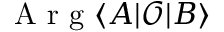
\mathrm { ~ A ~ r ~ g ~ } \langle A \lvert \mathscr { O } \lvert B \rangle